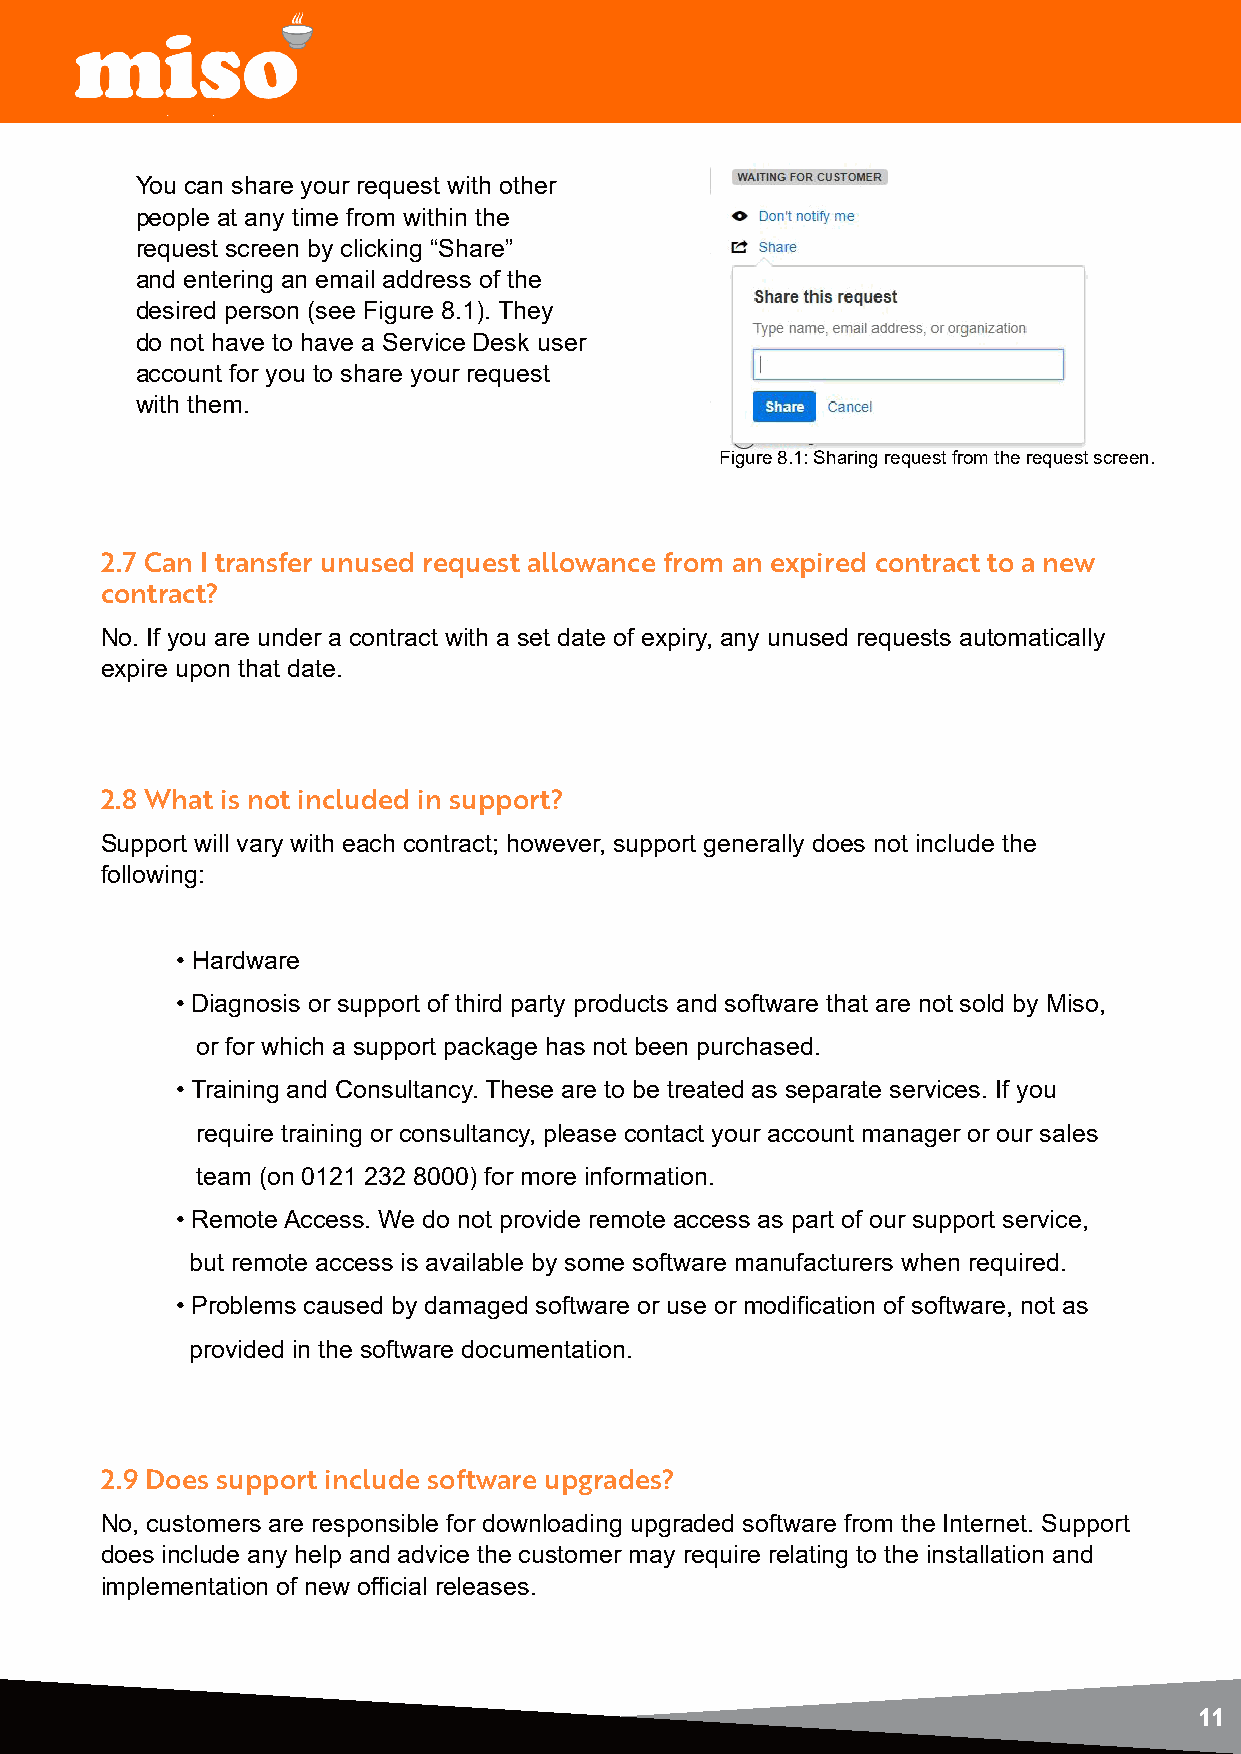
You can share your request with other
 people at any time from within the
 request screen by clicking “Share”
 and entering an email address of the
 desired person (see Figure 8.1). They
 do not have to have a Service Desk user
 account for you to share your request
 with them.
 Figure 8.1: Sharing request from the request screen.
 2.7 Can I transfer unused request allowance from an expired contract to a new
 contract?
 No. If you are under a contract with a set date of expiry, any unused requests automatically
 expire upon that date.
 2.8 What is not included in support?
 Support will vary with each contract; however, support generally does not include the
 following:
 • Hardware
 • Diagnosis or support of third party products and software that are not sold by Miso,
 or for which a support package has not been purchased.
 • Training and Consultancy. These are to be treated as separate services. If you
 require training or consultancy, please contact your account manager or our sales
 team (on 0121 232 8000) for more information.
 • Remote Access. We do not provide remote access as part of our support service,
 but remote access is available by some software manufacturers when required.
 • Problems caused by damaged software or use or modification of software, not as
 provided in the software documentation.
 2.9 Does support include software upgrades?
 No, customers are responsible for downloading upgraded software from the Internet. Support
 does include any help and advice the customer may require relating to the installation and
 implementation of new official releases.
 11